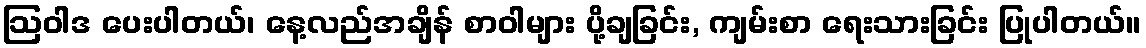
ဩဝါဒ ပေးပါတယ်၊ နေ့လည်အချိန် စာဝါများ ပို့ချခြင်း, ကျမ်းစာ ရေးသားခြင်း ပြုပါတယ်။